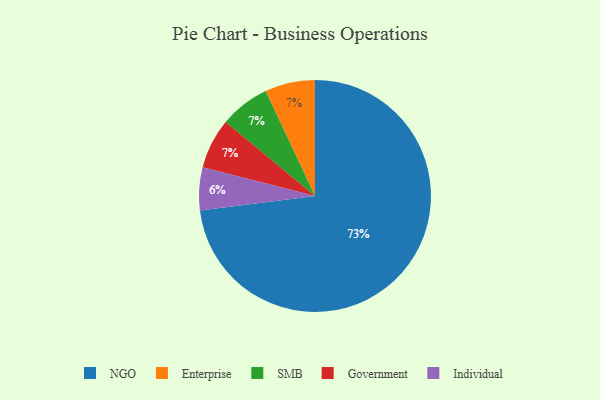
{"axis": {"x": "Category", "y": "Percentage"}, "legend": ["Enterprise", "Government", "Individual", "NGO", "SMB"], "data": [{"x": "Enterprise", "y": 7, "type": "Enterprise"}, {"x": "NGO", "y": 73, "type": "NGO"}, {"x": "Individual", "y": 6, "type": "Individual"}, {"x": "SMB", "y": 7, "type": "SMB"}, {"x": "Government", "y": 7, "type": "Government"}]}